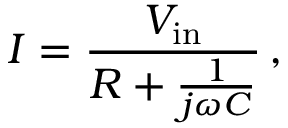
I = { \frac { V _ { \mathrm { i n } } } { R + { \frac { 1 } { j \omega C } } } } \, ,